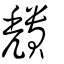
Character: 穨